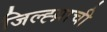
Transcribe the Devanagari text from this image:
जिल्ह्य़ाची